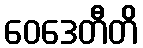
ဝေဒေတီတိ